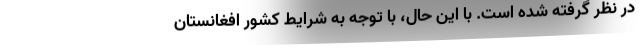
در نظر گرفته شده است. با این حال، با توجه به شرایط کشور افغانستان